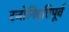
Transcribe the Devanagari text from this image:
रजोनिवृत्तिपूर्व